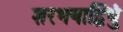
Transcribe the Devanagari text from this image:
शरभयाद्विधुं